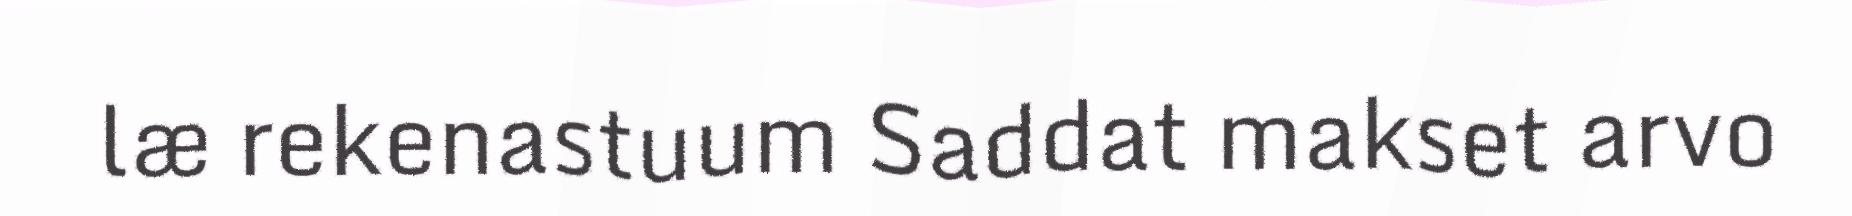
læ rekenastuum Saddat makset arvo